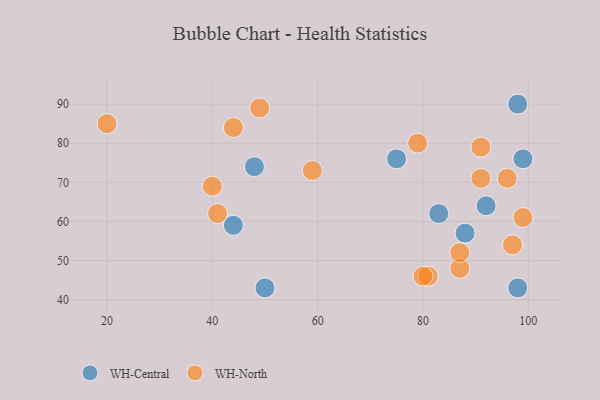
{"axis": {"x": "GDP", "y": "Life Expectancy"}, "legend": ["WH-Central", "WH-North"], "data": [{"x": "99", "y": 76, "type": "WH-Central"}, {"x": "44", "y": 59, "type": "WH-Central"}, {"x": "83", "y": 62, "type": "WH-Central"}, {"x": "98", "y": 90, "type": "WH-Central"}, {"x": "98", "y": 43, "type": "WH-Central"}, {"x": "75", "y": 76, "type": "WH-Central"}, {"x": "48", "y": 74, "type": "WH-Central"}, {"x": "92", "y": 64, "type": "WH-Central"}, {"x": "50", "y": 43, "type": "WH-Central"}, {"x": "88", "y": 57, "type": "WH-Central"}, {"x": "40", "y": 69, "type": "WH-North"}, {"x": "81", "y": 46, "type": "WH-North"}, {"x": "87", "y": 48, "type": "WH-North"}, {"x": "96", "y": 71, "type": "WH-North"}, {"x": "91", "y": 71, "type": "WH-North"}, {"x": "59", "y": 73, "type": "WH-North"}, {"x": "80", "y": 46, "type": "WH-North"}, {"x": "87", "y": 52, "type": "WH-North"}, {"x": "99", "y": 61, "type": "WH-North"}, {"x": "79", "y": 80, "type": "WH-North"}, {"x": "97", "y": 54, "type": "WH-North"}, {"x": "91", "y": 79, "type": "WH-North"}, {"x": "20", "y": 85, "type": "WH-North"}, {"x": "49", "y": 89, "type": "WH-North"}, {"x": "41", "y": 62, "type": "WH-North"}, {"x": "44", "y": 84, "type": "WH-North"}]}